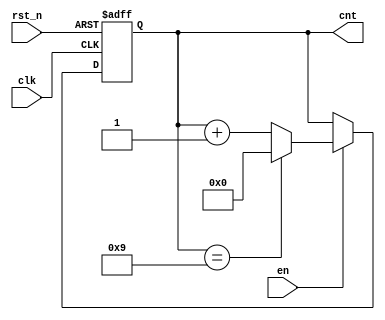
module module_10_counter_sar (     /*Module 10 counter*/
    clk, rst_n, cnt, en
);
    input clk;
    input rst_n;
    input en;
    output [3:0] cnt;
    reg [3:0] cnt;
    always @(posedge clk, negedge rst_n) begin
        if (!rst_n) cnt <= 4'b0;
        else if (en) begin
            if (cnt == 4'b1001) cnt <= 4'b0;
            else cnt <= cnt + 1'b1;
        end
    end
endmodule

module BCD_module_1000_counter_sar(
    clk, rst_n, cnt, en
);
    input clk;
    input rst_n;
    input en;
    output [11:0] cnt;
    wire [11:0] cnt;
    assign w1 = en & cnt[0] & cnt[3];
    assign w2 = w1 & cnt[4] & cnt[7];
        module_10_counter_sar U1(.clk(clk), .rst_n(rst_n), .cnt(cnt[3:0]), .en(en));
        module_10_counter_sar U2(.clk(clk), .rst_n(rst_n), .cnt(cnt[7:4]), .en(w1));
        module_10_counter_sar U3(.clk(clk), .rst_n(rst_n), .cnt(cnt[11:8]), .en(w2));
endmodule